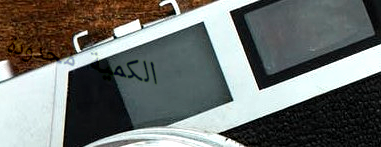
الكمية محدودة